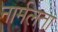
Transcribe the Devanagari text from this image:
नार्मलता